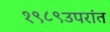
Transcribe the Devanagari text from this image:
१९८९उपरांत